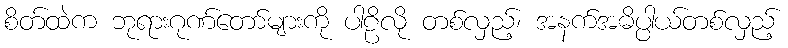
စိတ်ထဲက ဘုရားဂုဏ်တော်များကို ပါဠိလို တစ်လှည့်၊ အနက်အဓိပ္ပါယ်တစ်လှည့်